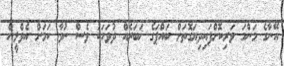
އޭނާގެ މަންމަ ވަރިކޮށްފައިދިޔަގޮތަށް ބައްޕަގެ ޚަބަރެއް ދުވަހަކު ވެސް ނުވާ ކަމަށް އެވްލީން